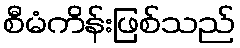
စီမံကိန်းဖြစ်သည်